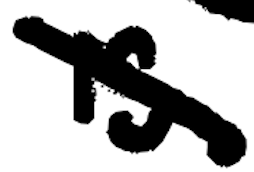
Text: is
Cross-out: diagonal
Writing tool: digital_black